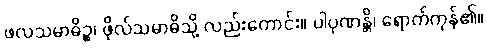
ဖလသမာဓိဉ္စ၊ ဖိုလ်သမာဓိသို့ လည်းကောင်း။ ပါပုဏန္တိ၊ ရောက်ကုန်၏။